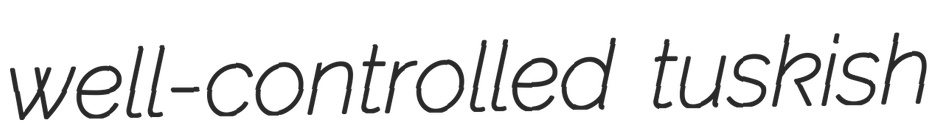
well-controlled tuskish